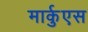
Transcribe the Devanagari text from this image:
मार्कुएस